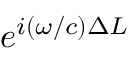
e ^ { i ( \omega / c ) \Delta L }